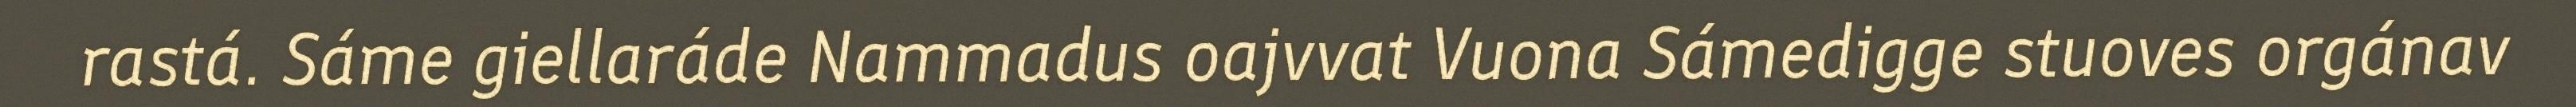
rastá. Sáme giellaráde Nammadus oajvvat Vuona Sámedigge stuoves orgánav